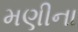
મણીના